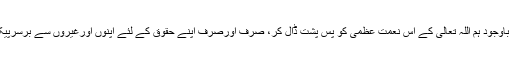
اسکے باوجود ہم اللہ تعالیٰ کے اس نعمت عظمیٰ کو پس پشت ڈال کر، صرف اورصرف اپنے حقوق کے لئے اپنوں اورغیروں سے برسرپیکارہیں۔